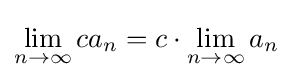
\lim _{n\to \infty }ca_{n}=c\cdot \lim _{n\to \infty }a_{n}